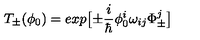
T _ { \pm } ( \phi _ { 0 } ) = e x p \bigl [ \pm \frac { i } { \hbar } \phi _ { 0 } ^ { i } \omega _ { i j } \Phi _ { \pm } ^ { j } \bigr ]